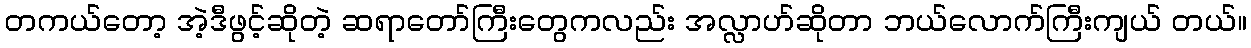
တကယ်တော့ အဲ့ဒီဖွင့်ဆိုတဲ့ ဆရာတော်ကြီးတွေကလည်း အလ္လာဟ်ဆိုတာ ဘယ်လောက်ကြီးကျယ် တယ်။